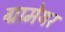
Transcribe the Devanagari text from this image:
ग्रामेयर